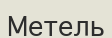
Метель